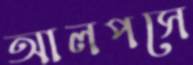
আলপসে